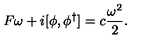
F \omega + i [ \phi , \phi ^ { \dagger } ] = c \frac { \omega ^ { 2 } } 2 .